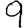
Digit: 9